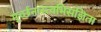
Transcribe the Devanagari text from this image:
मूर्च्छनास्त्वभिसंज्ञिता